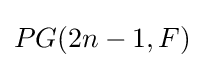
PG(2n-1,F)